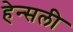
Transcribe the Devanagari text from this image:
हेन्सली